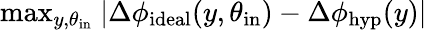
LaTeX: \mathrm{max}_{y,\theta_{\mathrm{in}}}\ |\Delta\phi_{\mathrm{ideal}}(y,\theta_{\mathrm{in}})-\Delta\phi_{\mathrm{hyp}}(y)|